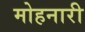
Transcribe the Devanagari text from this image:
मोहनारी